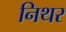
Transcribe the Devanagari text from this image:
निथर